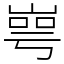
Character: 㟧